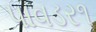
પાવડર૧